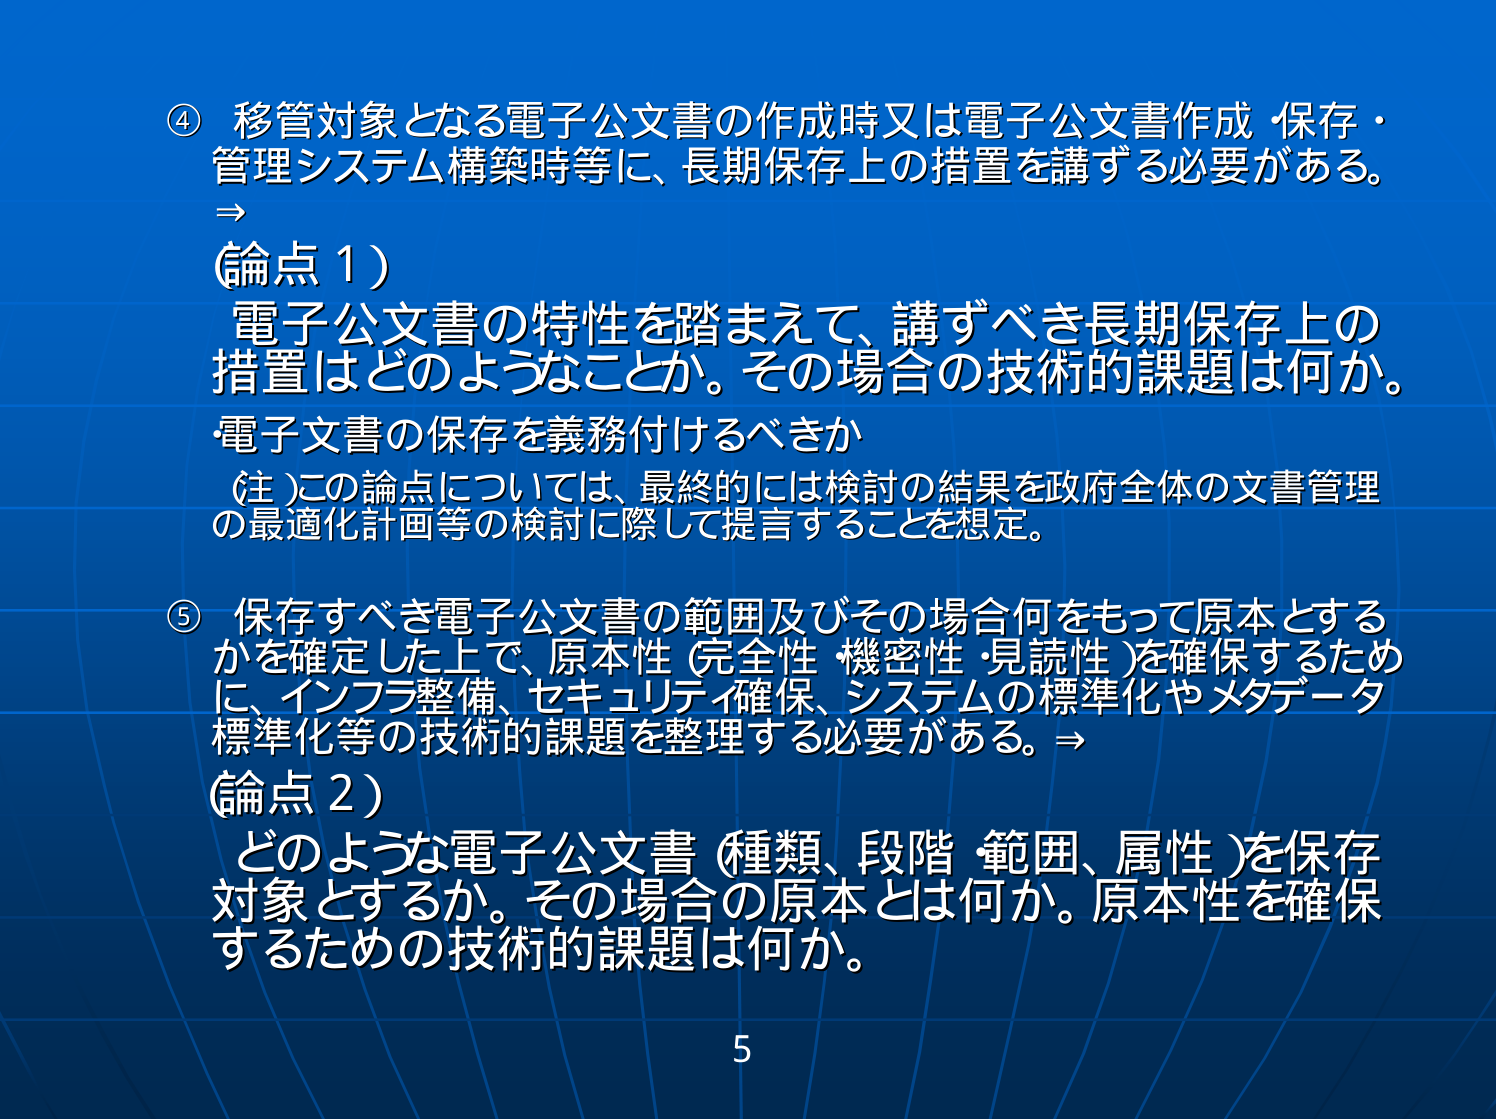
④ 移管対象となる電子公文書の作成時又は電子公文書作成・保存・管理システム構築時等に、長期保存上の措置を講ずる必要がある。
⇒
(論点1)
電子公文書の特性を踏まえて、講ずべき長期保存上の措置はどのようなことか。その場合の技術的課題は何か。
・電子文書の保存を義務付けるべきか
(注)この論点については、最終的には検討の結果を政府全体の文書管理の最適化計画等の検討に際して提言することを想定。

⑤ 保存すべき電子公文書の範囲及びその場合何をもって原本とするかを確定した上で、原本性（完全性・機密性・見読性）を確保するために、インフラ整備、セキュリティ確保、システムの標準化やメタデータ標準化等の技術的課題を整理する必要がある。⇒
(論点2)
どのような電子公文書（種類、段階・範囲、属性）を保存対象とするか。その場合の原本とは何か。原本性を確保するための技術的課題は何か。

5